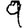
Digit: 9